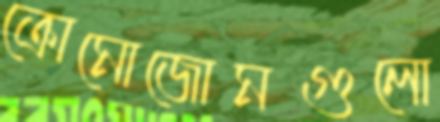
ক্রোমোজোমগুলো